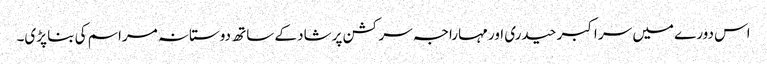
اس دورے میں سر اکبر حیدری اور مہاراجہ سر کشن پرشاد کے ساتھ دوستانہ مراسم کی بنا پڑی۔